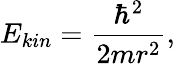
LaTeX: E_{kin}=\frac{\hbar^{2}}{2mr^{2}},